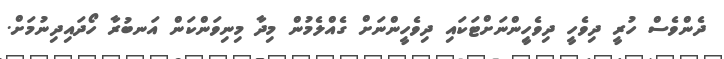
ދެންވެސް ހުރީ ދިވެހީ ދިވެހިީންނަށްޓަކައި ދިވެހީންނަށް ގެއްލެމުން މިދާ މިނިވަންކަން އަނބުރާ ހޯދައިދިނުމަށް.